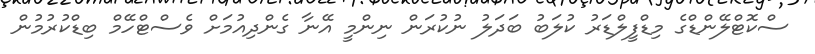
ސްކޮޓްލޭންޑްގެ މިޑްފީލްޑަރު ކުލަބު ބަދަލު ނުކުރަން ނިންމީ އޭނާ ގެންދިއުމަށް ވެސްޓްހޭމް ބިޑްކުރުމުން